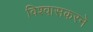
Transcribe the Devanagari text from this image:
विश्वासकरने